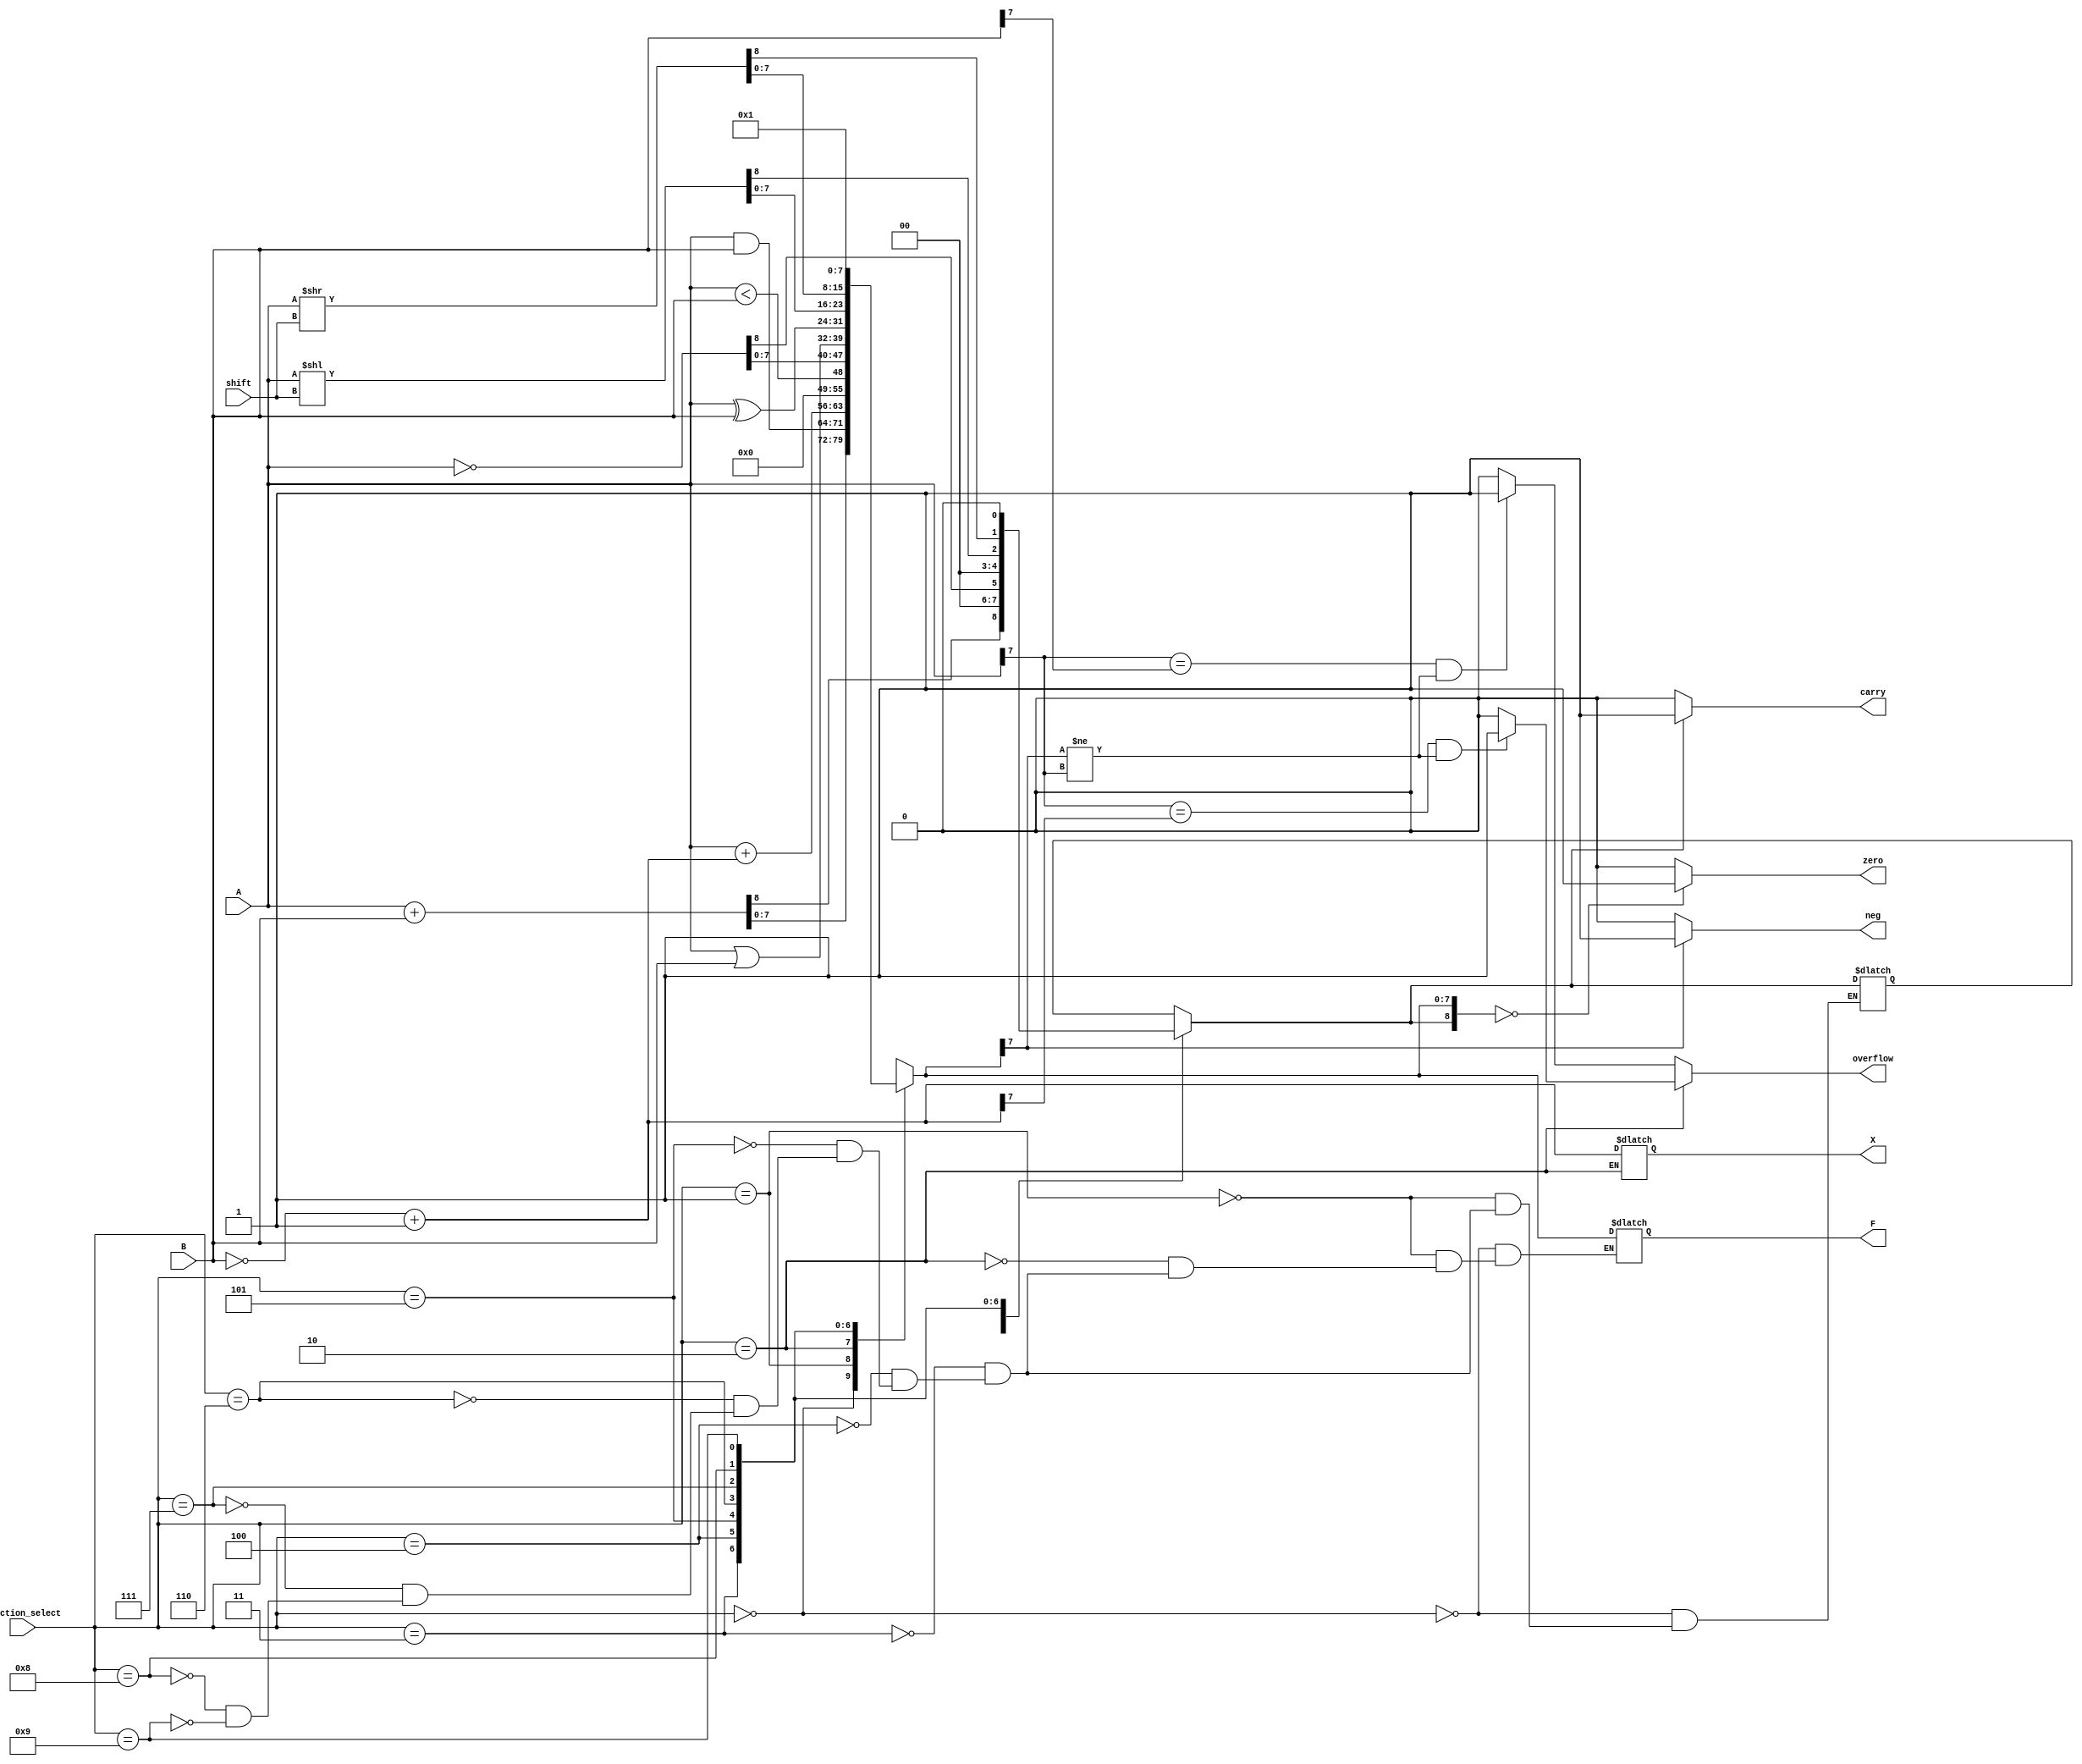
`timescale 1ns / 1ps
//////////////////////////////////////////////////////////////////////////////////
// Company: 
// Engineer: 
// 
// Design Name: 
// Module Name: ALU
// Project Name: 
// Target Devices: 
// Tool Versions: 
// Description: 
// 
// Dependencies: 
// 
// Revision:
// Revision 0.01 - File Created
// Additional Comments:
// 
//////////////////////////////////////////////////////////////////////////////////


module ALU(function_select,shift,A,B,F,zero,neg,carry,overflow,X);
    input [3:0] function_select;
    input [2:0] shift;
    input [7:0] A,B;
    output reg [7:0] X;
    output wire [7:0] F;
    output zero,neg,carry,overflow;
    
     reg zero,neg,carry,overflow;
    reg [8:0] regcarry; // 9 bits
    always@(A,B,function_select)begin
        case(function_select)
            //Addition
            4'b0000: regcarry = A+B;
            // AND Immediate and And Immediate
            4'b0001: regcarry = A&B;
            //Subtract
            4'b0010: regcarry[7:0] = A+ (~B +1);
            //Set if Less Than
            4'b0011: regcarry = A<B;
            // Compliment
            4'b0100: regcarry = ~A;
            // OR Immediate
            4'b0101: regcarry = A|B;
            // Exclusive-OR
            4'b0110: regcarry = A^B;
            // Logical Shift Right
            4'b0111: regcarry = A<< shift;
            // Logical Shift Left
            4'b1000: regcarry = A>> shift; 
            // default
            4'b1001: regcarry = (A == A) && (B ==B);
        endcase
        // Zero flag
        if(regcarry == 0)
        begin
           zero <= 1; 
        end
        else 
        begin 
            zero <= 0;
         end
        // Negative flag
        if( regcarry[7]== 1 )
            begin 
            neg <= 1;
            end
        else
            begin
            neg <= 0;
            end
        // Carry Flag
        if(regcarry[8]== 1'b1)
        begin
            carry <= 1;
        end
        else
        begin
            carry <= 0;
        end 
        // Overflow Flag
        if(function_select == 4'b0010)
        begin
             X = ~B+1;
            if(A[7]== X[7] && regcarry[7]!=A[7])
                begin
                overflow <= 1;
                end
           else
                begin
                overflow <= 0;
                end
        end
        else
        if(A[7]== B[7]&& regcarry[7]!=A[7])
        begin
            overflow <= 1;
        end
        else
        begin
            overflow <= 0;
        end
     end
    // Assign
    assign F = regcarry[7:0];
    
endmodule